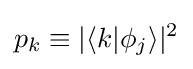
p_{k}\equiv |\langle k|\phi _{j}\rangle |^{2}